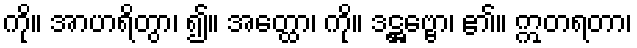
ကို။ အာဟရိတွာ၊ ၍။ အတ္ထော၊ ကို။ ဒဋ္ဌဗ္ဗော၊ ၏။ ဣတရတာ၊